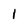
Character: l